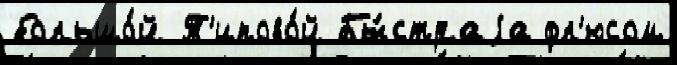
большо́й Т'ипово́й Бы́страjа фл'юсом